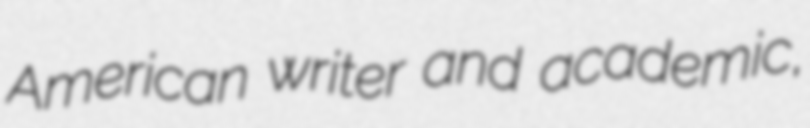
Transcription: American writer and academic,